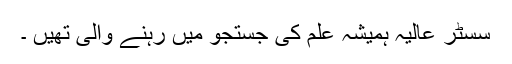
سسٹر عالیہ ہمیشہ علم کی جستجو میں رہنے والی تھیں ۔